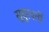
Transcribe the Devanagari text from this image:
सूदूरवर्ती